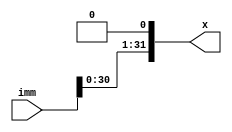
`timescale 1ns / 1ps
//////////////////////////////////////////////////////////////////////////////////
// Company: 
// Engineer: 
// 
// Design Name: 
// Module Name: shift_1
// Project Name: 
// Target Devices: 
// Tool Versions: 
// Description: 
// 
// Dependencies: 
// 
// Revision:
// Revision 0.01 - File Created
// Additional Comments:
// 
//////////////////////////////////////////////////////////////////////////////////


module shift_1(
    input [31:0] imm,
    output [31:0] x
    );
    
    assign x=imm<<1;
endmodule